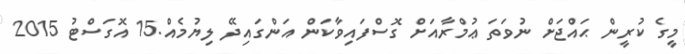
މީގެ ކުރީން ޙައްޖަށް ނުވަތަ ޢުމްރާއަށް ގޮސްފައިވާކަން އަންގައިދޭ ލިޔުމެއް.15 އޮގަސްޓު 2015